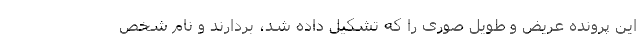
این پرونده عریض و طویل صوری را که تشکیل داده شد، بردارند و نام شخص